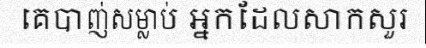
គេបាញ់សម្លាប់ អ្នកដែលសាកសួរ